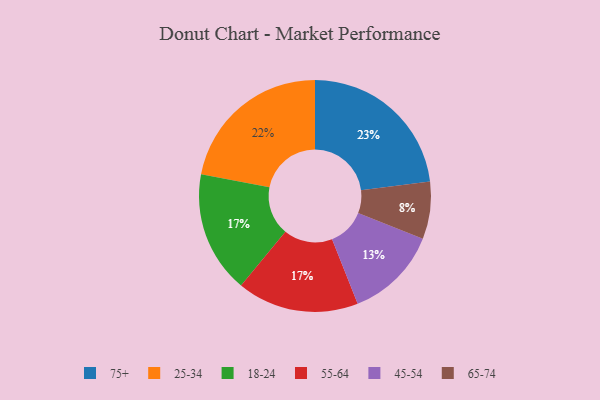
{"axis": {"x": "Category", "y": "Percentage"}, "legend": ["18-24", "25-34", "45-54", "55-64", "65-74", "75+"], "data": [{"x": "75+", "y": 23, "type": "75+"}, {"x": "25-34", "y": 22, "type": "25-34"}, {"x": "45-54", "y": 13, "type": "45-54"}, {"x": "18-24", "y": 17, "type": "18-24"}, {"x": "65-74", "y": 8, "type": "65-74"}, {"x": "55-64", "y": 17, "type": "55-64"}]}